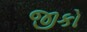
જીકો